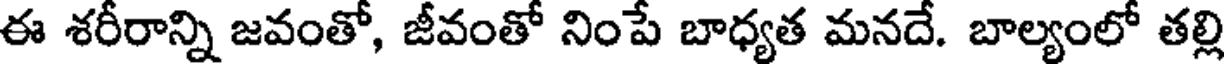
ఈ శరీరాన్ని జవంతో, జీవంతో నింపే బాధ్యత మనదే. బాల్యంలో తల్లి